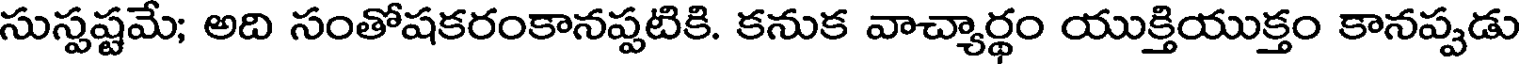
సుస్పష్టమే; అది సంతోషకరంకానప్పటికి. కనుక వాచ్యార్థం యుక్తియుక్తం కానప్పడు